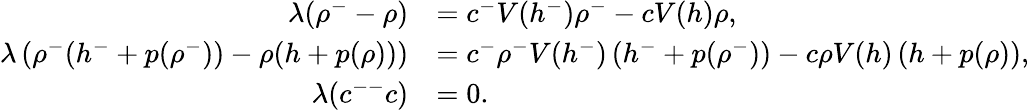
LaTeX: \begin{array}{rl}{\lambda(\rho^{-}-\rho)}&{=c^{-}V(h^{-})\rho^{-}-cV(h)\rho,}\\ {\lambda\left(\rho^{-}(h^{-}+p(\rho^{-}))-\rho(h+p(\rho))\right)}&{=c^{-}\rho^{-}V(h^{-})\left(h^{-}+p(\rho^{-})\right)-c\rho V(h)\left(h+p(\rho)\right),}\\ {\lambda(c^{--}c)}&{=0.}\end{array}